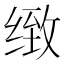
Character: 𰬫